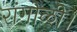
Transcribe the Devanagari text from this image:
रांगोळी।